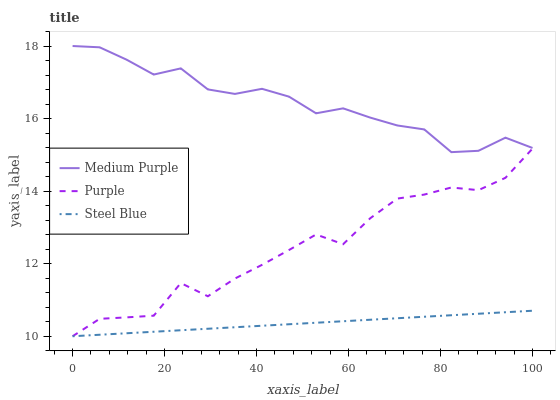
| xaxis_label | Medium Purple | Purple | Steel Blue |
 | --- | --- | --- | --- |
 | 0 | 18 | 10 | 10 |
 | 5.88 | 18 | 10.5 | 10 |
 | 11.8 | 17.6 | 10.5 | 10.1 |
 | 17.6 | 17.2 | 10.6 | 10.1 |
 | 23.5 | 17.4 | 11.5 | 10.2 |
 | 29.4 | 16.8 | 11.1 | 10.2 |
 | 35.3 | 16.7 | 11.6 | 10.2 |
 | 41.2 | 16.8 | 12 | 10.3 |
 | 47.1 | 16.6 | 12.4 | 10.3 |
 | 52.9 | 16.1 | 12.8 | 10.4 |
 | 58.8 | 16.3 | 12.5 | 10.4 |
 | 64.7 | 16 | 13.3 | 10.5 |
 | 70.6 | 15.8 | 13.8 | 10.5 |
 | 76.5 | 15.7 | 13.9 | 10.5 |
 | 82.4 | 15.1 | 14.1 | 10.6 |
 | 88.2 | 15.1 | 14 | 10.6 |
 | 94.1 | 15.5 | 14.4 | 10.7 |
 | 100 | 15.2 | 15.2 | 10.7 |